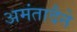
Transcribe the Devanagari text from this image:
अमंतादैने